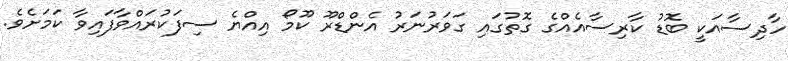
ހާދިސާއަކީ ބޮޑު ކާރިސާއެއްގެ ގޮތުގައި ގަވަރުނަރު އެންޑްރޫ ކޫމޯ އިއްޔެ ސިފަކުރައްވާފައިވާ ކަމަށެވެ.